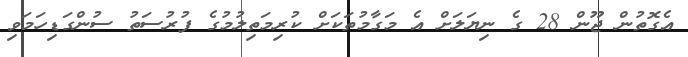
އެގޮތުން ޖޫން 28 ގެ ނިޔަލަށް އެ މަގާމުތަކަށް ކުރިމަތިލުމުގެ ފުރުސަތު ސުންގަޑިހަމަވި